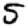
Digit: 5